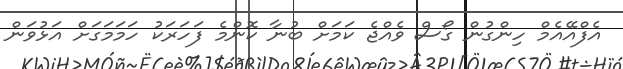
އެފްއޭއެމް ހިންގުން ގޯސް ވެއްްްޖެ ކަމަށް ބުނާ ކޮންމެ ފަހަރަކު ހަމަމަގަށް އަޅުވަން